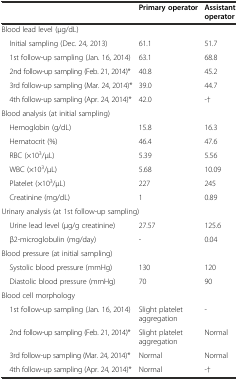
<table><thead><tr><td></td><td><b>Primary operator</b></td><td><b>Assistant operator</b></td></tr></thead><tbody><tr><td colspan="3">Blood lead level (μg/dL)</td></tr><tr><td> Initial sampling (Dec. 24, 2013)</td><td>61.1</td><td>51.7</td></tr><tr><td> 1st follow-up sampling (Jan. 16, 2014)</td><td>63.1</td><td>68.8</td></tr><tr><td> 2nd follow-up sampling (Feb. 21, 2014)*</td><td>40.8</td><td>45.2</td></tr><tr><td> 3rd follow-up sampling (Mar. 24, 2014)*</td><td>39.0</td><td>44.7</td></tr><tr><td> 4th follow-up sampling (Apr. 24, 2014)*</td><td>42.0</td><td>-†</td></tr><tr><td colspan="3">Blood analysis (at initial sampling)</td></tr><tr><td> Hemoglobin (g/dL)</td><td>15.8</td><td>16.3</td></tr><tr><td> Hematocrit (%)</td><td>46.4</td><td>47.6</td></tr><tr><td> RBC (×10<sup>3</sup>/μL)</td><td>5.39</td><td>5.56</td></tr><tr><td> WBC (×10<sup>3</sup>/μL)</td><td>5.68</td><td>10.09</td></tr><tr><td> Platelet (×10<sup>3</sup>/μL)</td><td>227</td><td>245</td></tr><tr><td> Creatinine (mg/dL)</td><td>1</td><td>0.89</td></tr><tr><td colspan="3">Urinary analysis (at 1st follow-up sampling)</td></tr><tr><td> Urine lead level (μg/g creatinine)</td><td>27.57</td><td>125.6</td></tr><tr><td> β2-microglobulin (mg/day)</td><td>-</td><td>0.04</td></tr><tr><td colspan="3">Blood pressure (at initial sampling)</td></tr><tr><td> Systolic blood pressure (mmHg)</td><td>130</td><td>120</td></tr><tr><td> Diastolic blood pressure (mmHg)</td><td>70</td><td>90</td></tr><tr><td colspan="3">Blood cell morphology</td></tr><tr><td> 1st follow-up sampling (Jan. 16, 2014)</td><td>Slight platelet aggregation</td><td>-</td></tr><tr><td> 2nd follow-up sampling (Feb. 21, 2014)*</td><td>Slight platelet aggregation</td><td>Normal</td></tr><tr><td> 3rd follow-up sampling (Mar. 24, 2014)*</td><td>Normal</td><td>Normal</td></tr><tr><td> 4th follow-up sampling (Apr. 24, 2014)*</td><td>Normal</td><td>-†</td></tr></tbody></table>